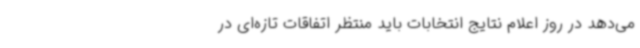
می‌دهد در روز اعلام نتایج انتخابات باید منتظر اتفاقات تازه‌ای در